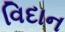
વિદાન